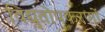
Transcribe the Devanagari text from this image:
विद्युतोपकरणों